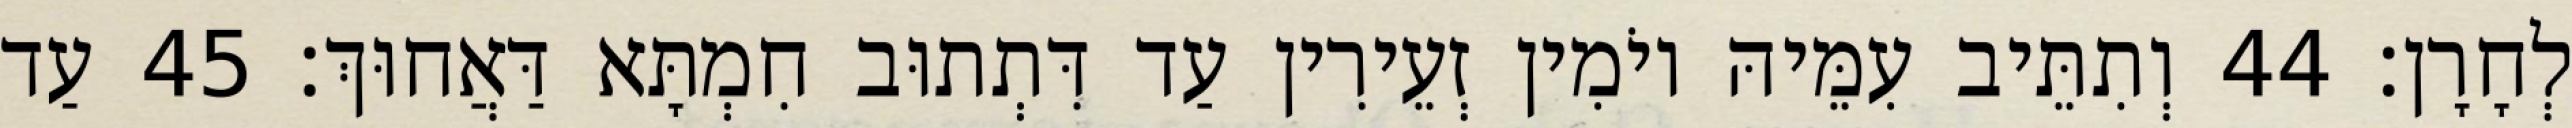
לְחָרָן׃ 44 וְתִתֵּיב עִמֵּיהּ יוֹמִין זְעֵירִין עַד דִּתְתוּב חִמְתָּא דַּאֲחוּךְ׃ 45 עַד